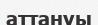
аттануы